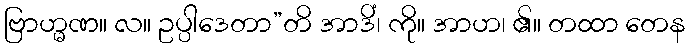
ဗြာဟ္မဏ။ လ။ ဥပ္ပါဒေတာ”တိ အာဒိံ၊ ကို။ အာဟ၊ ၏။ တထာ တေန